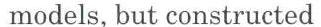
models, but constructed